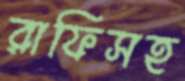
রাফিসহ